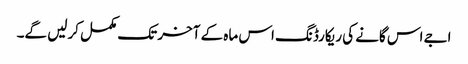
اجے اس گانے کی ریکارڈنگ اس ماہ کے آخر تک مکمل کرلیں گے۔